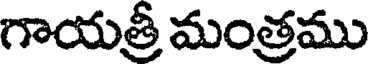
గాయత్రీ మంత్రము